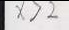
x > 2